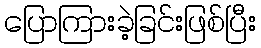
ပြောကြားခဲ့ခြင်းဖြစ်ပြီး